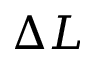
\Delta L